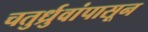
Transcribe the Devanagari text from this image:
चतुर्ध्रुवांपासून